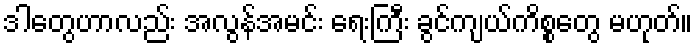
ဒါတွေဟာလည်း အလွန်အမင်း ရေးကြီး ခွင်ကျယ်ကိစ္စတွေ မဟုတ်။